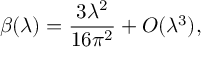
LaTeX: \beta ( \lambda ) = \frac { 3 \lambda ^ { 2 } } { 1 6 \pi ^ { 2 } } + O ( \lambda ^ { 3 } ) ,